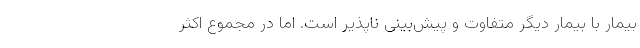
بیمار با بیمار دیگر متفاوت و پیش‌بینی ناپذیر است. اما در مجموع اکثر